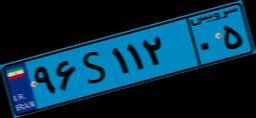
۹۶S۱۱۲۰۵